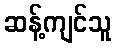
ဆန့်ကျင်သူ